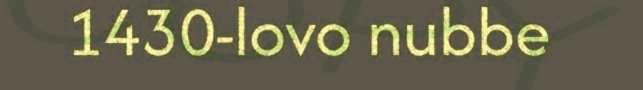
1430-lovo nubbe